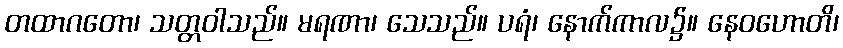
တထာဂတော၊ သတ္တဝါသည်။ မရဏာ၊ သေသည်။ ပရံ၊ နောက်ကာလ၌။ နေဝဟောတိ၊